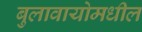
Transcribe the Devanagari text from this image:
बुलावायोमधील